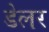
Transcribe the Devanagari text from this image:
डेलर